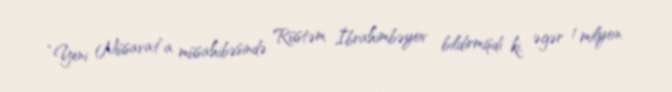
“Yeni Müsavat”a müsahibəsində Rüstəm İbrahimbəyov bildirmişdi ki, əgər 1 milyon